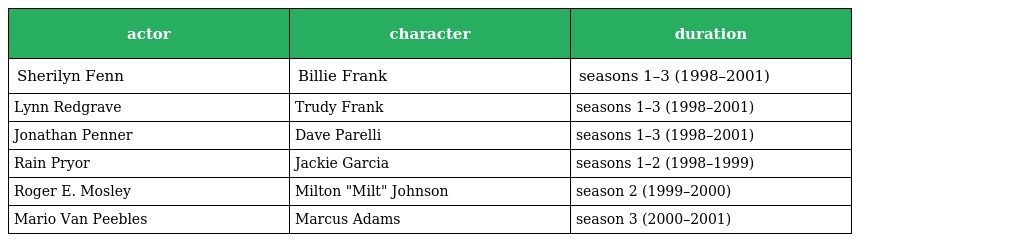
| actor | character | duration |
 | --- | --- | --- |
 | Sherilyn Fenn | Billie Frank | seasons 1–3 (1998–2001) |
 | Lynn Redgrave | Trudy Frank | seasons 1–3 (1998–2001) |
 | Jonathan Penner | Dave Parelli | seasons 1–3 (1998–2001) |
 | Rain Pryor | Jackie Garcia | seasons 1–2 (1998–1999) |
 | Roger E. Mosley | Milton "Milt" Johnson | season 2 (1999–2000) |
 | Mario Van Peebles | Marcus Adams | season 3 (2000–2001) |